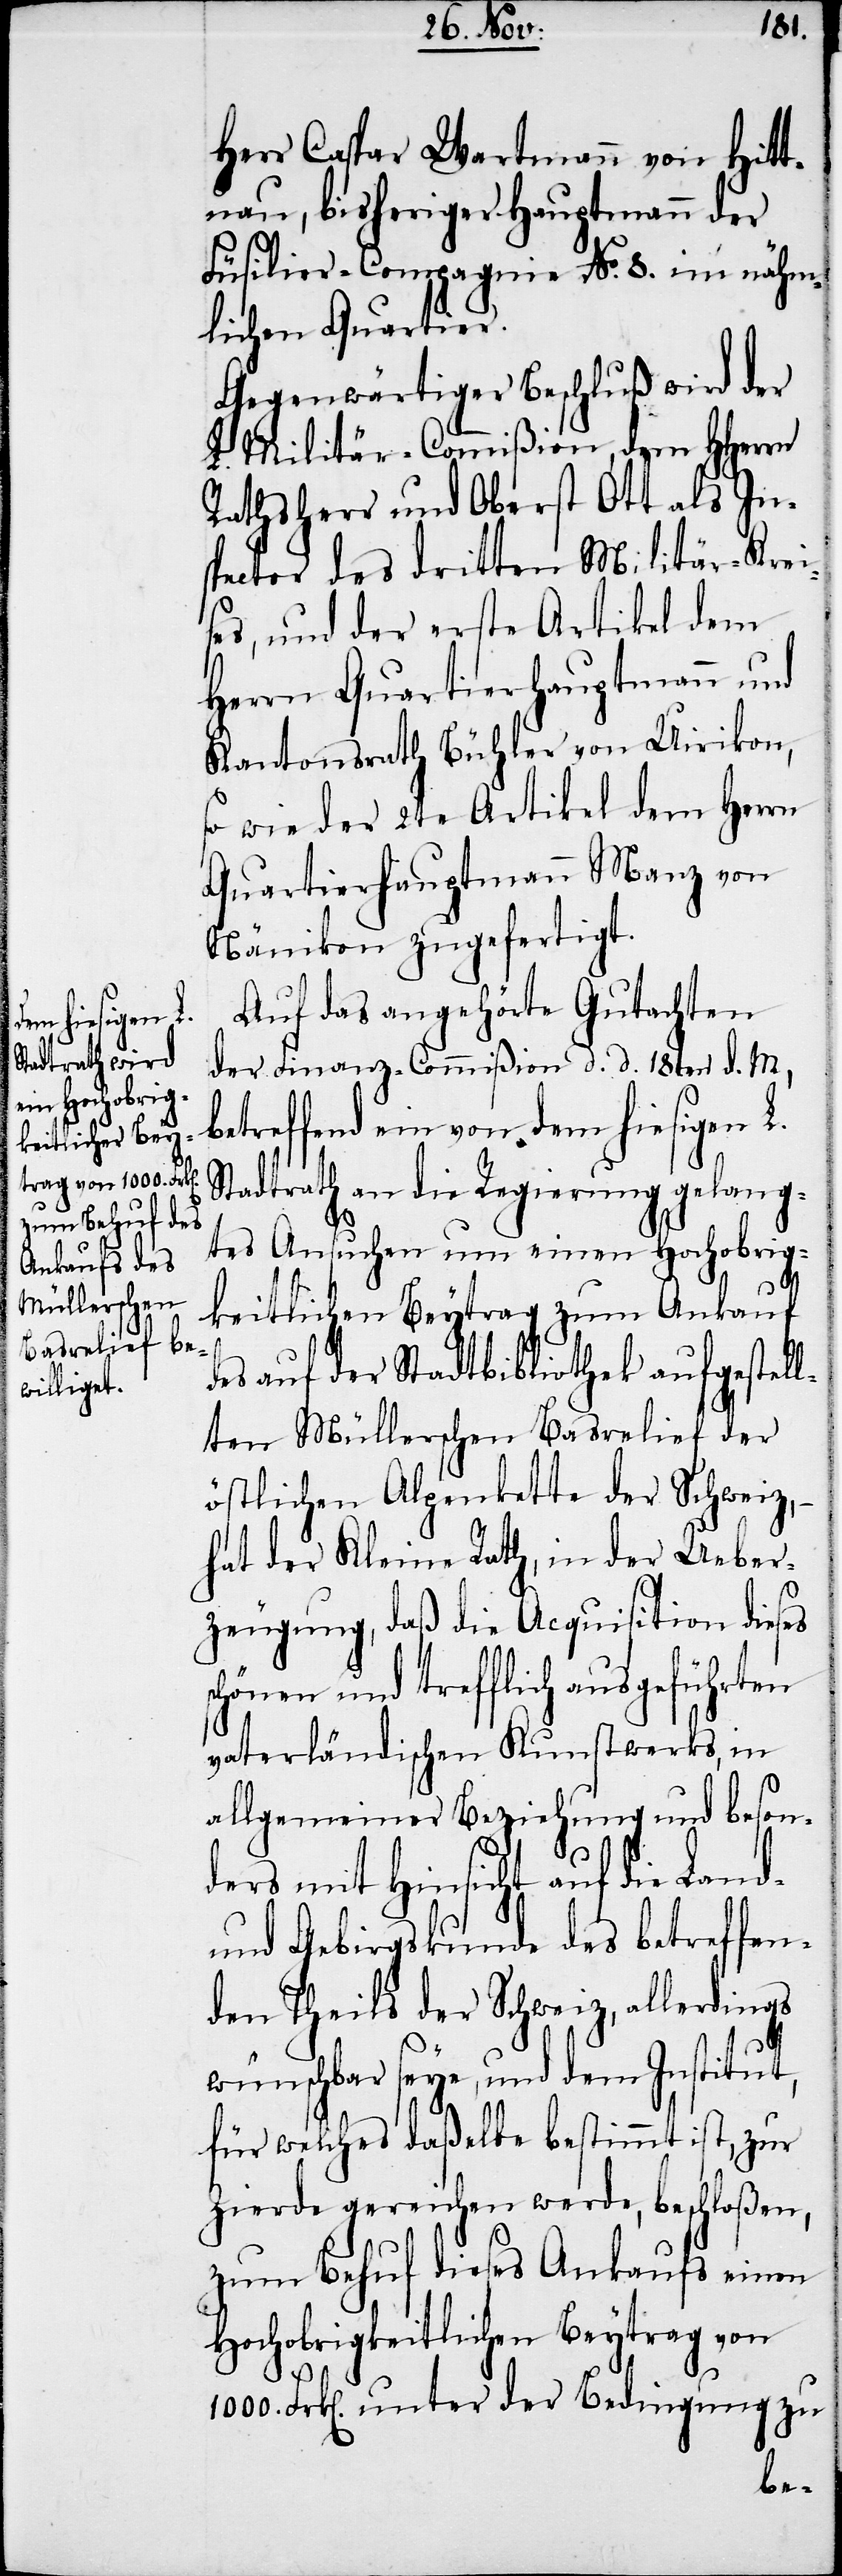
Herr Caspar Wartmann von Hitt¬
nau, bisheriger Hauptmann der
Füsilier-Compagnie No. 8. im nähm¬
lichen Quartier.
Gegenwärtiger Beschluß wird der
Militär-Commißion, dem HHerrn
Rathsherr und Oberst Ott als In¬
spector des dritten Militär-Krei¬
ses, und der erste Artikel dem
Herrn Quartierhauptman und
Kantonsrath Bühler von Uirikon,
so wie der 2te Artikel dem Herrn
Quartierhauptmann Manz von
Nänikon zugefertigt.
Auf das angehörte Gutachten
der Finanz-Commißion d. d. 18ten d. M.,
betreffend ein von dem hiesigen L.
Stadtrath an die Regierung gelang¬
tes Ansuchen um einen Hochobrig¬
sc¬
keitlichen Beytrag zum Ankauf
des auf der Stadtbibliothek aufgestell¬
ten Müllerschen Basrelief der
östlichen Alpenkette der Schweiz,
hat der Kleine Rath, in der Ueber¬
zeugung, daß die Acquisition dieses
hönen und trefflich ausgeführten
vaterländischen Kunstwerks, in
allgemeiner Beziehung und beson¬
ders mit Hinsicht auf die Land-
und Gebirgskunde des betreffen¬
den Theils der Schweiz, allerdings
wünschbar seye, und dem Institut,
für welches daßelbe bestimmt ist, zur
Zierde gereichen werde, beschloßen,
zum Behuf dieses Ankaufs einen
Hochobrigkeitlichen Beytrag von
1000. Frk[en]. unter der Bedingung zu